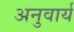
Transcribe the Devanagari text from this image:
अनुवार्य